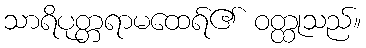
သာရိပုတ္တရာမထေရ်၏ ဝတ္ထုသည်။